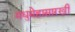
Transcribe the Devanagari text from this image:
मधुमेहासारखी